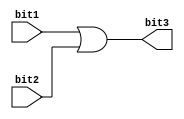
module or_gate(input bit1, input bit2, output bit3);

	assign bit3 = bit1 | bit2;

endmodule